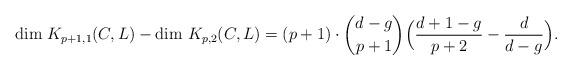
LaTeX: \begin{align*}\mbox{dim } K_{p+1,1}(C,L)-\mbox{dim } K_{p,2}(C,L)=(p+1)\cdot {d-g\choose p+1}\Bigl(\frac{d+1-g}{p+2}-\frac{d}{d-g}\Bigr).\end{align*}